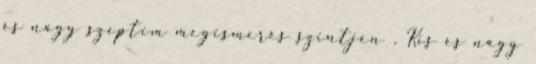
és nagy szeptim megismerés szintjén . Kis és nagy